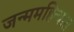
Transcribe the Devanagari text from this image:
जन्ममहिन्यात